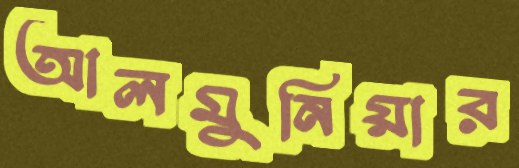
আলমুনিয়ার